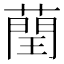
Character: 𦻺